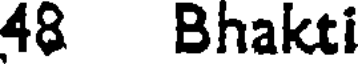
48 Bhakti